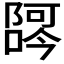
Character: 𫕖